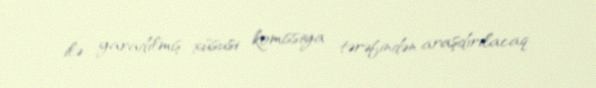
ilə yaradılmış xüsusi komissiya tərəfindən araşdırılacaq.